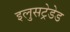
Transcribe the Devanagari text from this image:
इलुसट्रेडेड